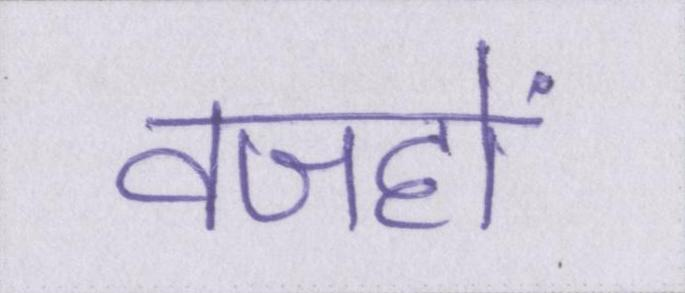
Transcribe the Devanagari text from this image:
वजहों